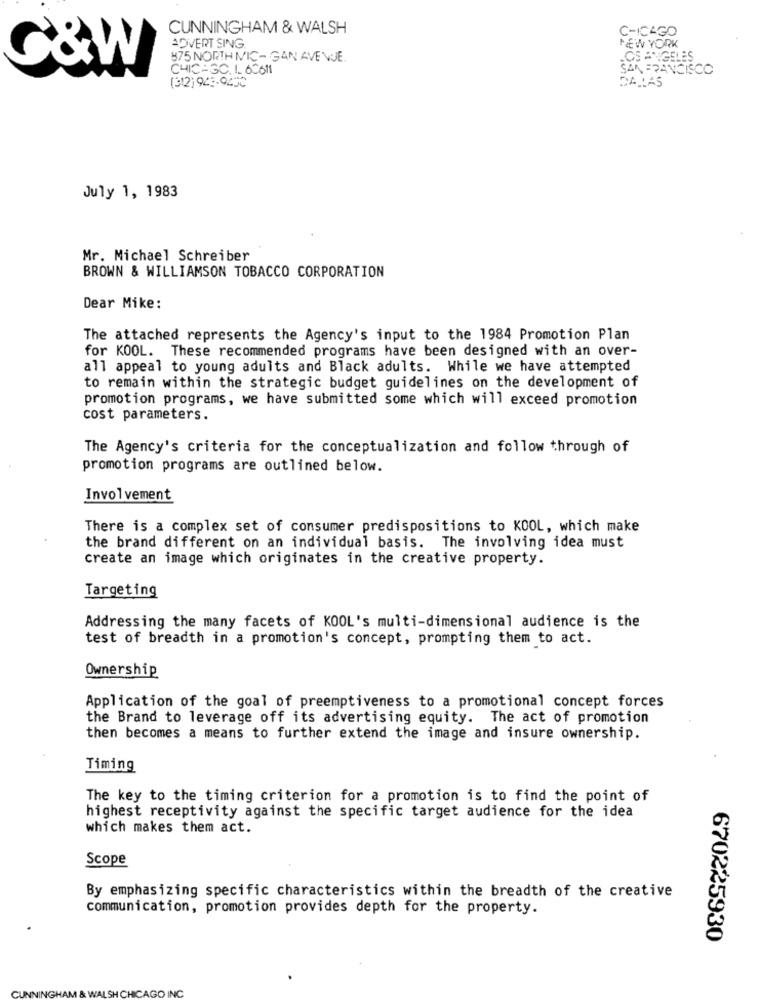
CUNNINGHAM & WALSH
CHICAGO
ADVERT SING.
NEW YORK
875 NORTH MIC- GAN AVENUE.
LOS ANGELES
C&W
CHICAGO, IL 60611
SAN FRANCISCO
DALLAS
(312) 923-9200
July 1, 1983
Mr. Michael Schreiber
BROWN & WILLIAMSON TOBACCO CORPORATION
Dear Mike:
The attached represents the Agency's input to the 1984 Promotion Plan
for KOOL. These recommended programs have been designed with an over-
all appeal to young adults and Black adults. While we have attempted
to remain within the strategic budget guidelines on the development of
promotion programs, we have submitted some which will exceed promotion
cost parameters.
The Agency's criteria for the conceptualization and follow through of
promotion programs are outlined below.
Involvement
There is a complex set of consumer predispositions to KOOL, which make
the brand different on an individual basis. The involving idea must
create an image which originates in the creative property.
Targeting
Addressing the many facets of KOOL's multi-dimensional audience is the
test of breadth in a promotion's concept, prompting them to act.
Ownership
Application of the goal of preemptiveness to a promotional concept forces
the Brand to leverage off its advertising equity. The act of promotion
then becomes a means to further extend the image and insure ownership.
Timing
The key to the timing criterion for a promotion is to find the point of
highest receptivity against the specific target audience for the idea
which makes them act.
Scope
By emphasizing specific characteristics within the breadth of the creative
communication, promotion provides depth for the property.
670225930
ICAGO INC